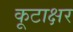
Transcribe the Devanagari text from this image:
कूटाक्षर